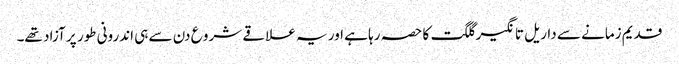
قدیم زمانے سے داریل تانگیر گلگت کا حصہ رہا ہے اور یہ علاقے شرو ع دن سے ہی اندرونی طور پر آزاد تھے۔